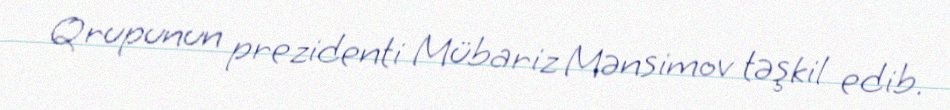
Qrupunun prezidenti Mübariz Mənsimov təşkil edib.